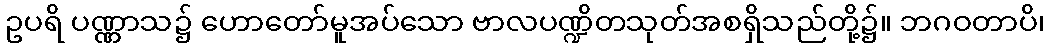
ဥပရိ ပဏ္ဏာသ၌ ဟောတော်မူအပ်သော ဗာလပဏ္ဍိတသုတ်အစရှိသည်တို့၌။ ဘဂဝတာပိ၊